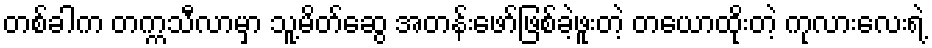
တစ်ခါက တက္ကသီလာမှာ သူ့မိတ်ဆွေ အတန်းဖော်ဖြစ်ခဲ့ဖူးတဲ့ တယောထိုးတဲ့ ကုလားလေးရဲ့